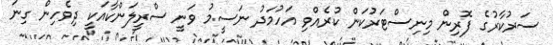
ސަރުކާރުގެ ފޮރިން މިނިސްޓަރުކަން ކުރެއްވި އަހުމަދު ނަސީމު ވަނީ ސްރީލަންކާއަކީ ދިވެހިން ގިނަ